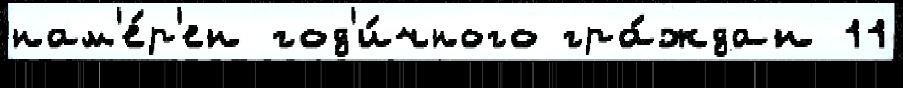
нам'е́р'ен год'и́чного гра́ждан 11